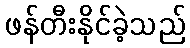
ဖန်တီးနိုင်ခဲ့သည်